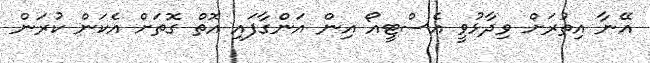
އޭނާ އިތުރަށް ވިދާޅުވީ އެސްޓީއޯ އިން އަންގާފައި އޮތް ގޮތަށް އެކަން ކުރަން